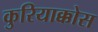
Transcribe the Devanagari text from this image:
कुरियाक्कोस